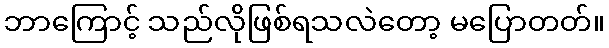
ဘာကြောင့် သည်လိုဖြစ်ရသလဲတော့ မပြောတတ်။